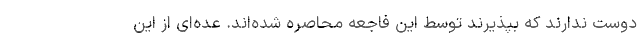
دوست ندارند که بپذیرند توسط این فاجعه محاصره شده‌اند. عده‌ای از این